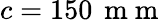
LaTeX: c=150\, \mathrm{~m~m~}